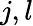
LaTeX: j,l